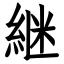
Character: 継